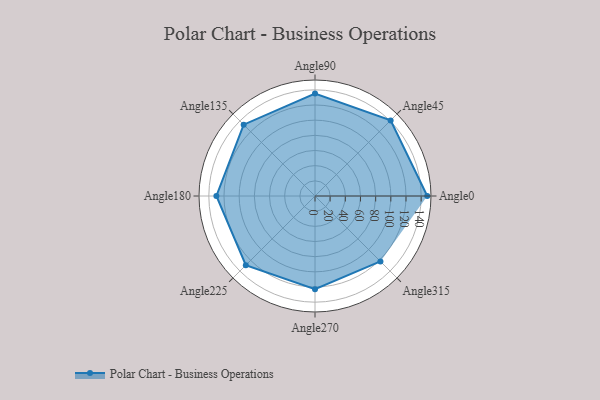
{"axis": {"x": "Angle", "y": "Radius"}, "legend": [""], "data": [{"x": "Angle0", "y": 148.0, "type": ""}, {"x": "Angle45", "y": 141.0, "type": ""}, {"x": "Angle90", "y": 135.0, "type": ""}, {"x": "Angle135", "y": 133.0, "type": ""}, {"x": "Angle180", "y": 130.0, "type": ""}, {"x": "Angle225", "y": 129.0, "type": ""}, {"x": "Angle270", "y": 123.0, "type": ""}, {"x": "Angle315", "y": 122.0, "type": ""}]}